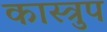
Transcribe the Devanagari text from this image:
कास्त्रुप